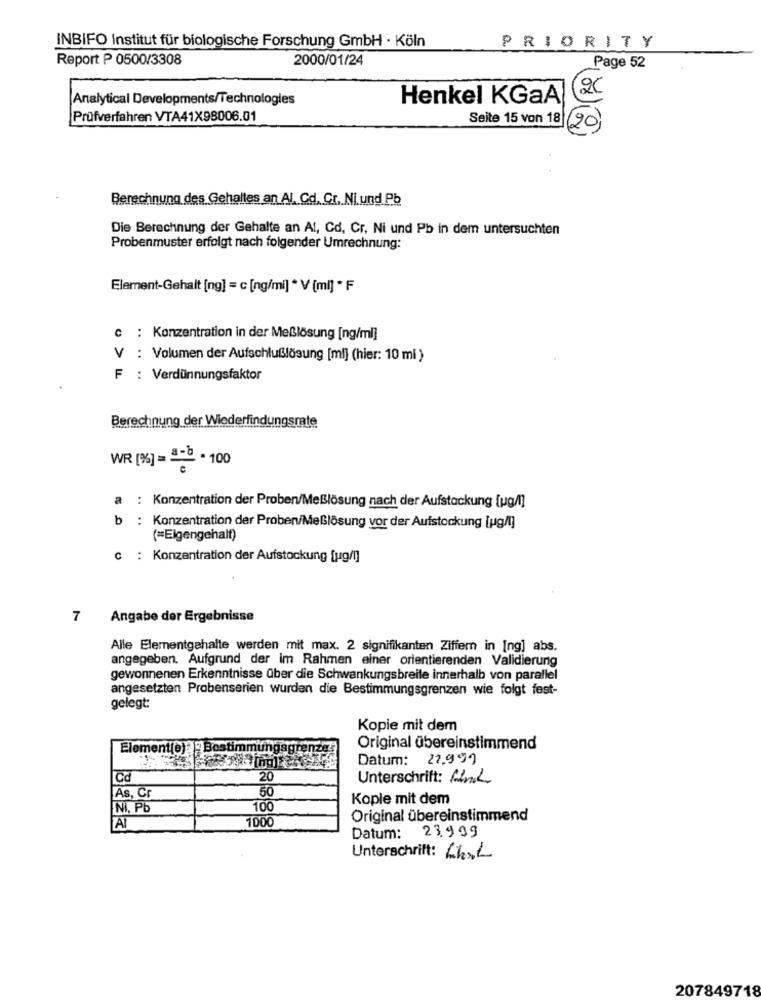
INBIFO Institut für biologische Forschung GmbH · Köln
PRIORITY
Report P 0500/3308
2000/01/24
Page 52
20
Analytical Developments/Technologies
Henkel KGaA
Prüfverfahren VTA41X98006.01
Seite 15 von 18
Berechnung des Gehalles an Al, Cd. Cr, Ni und Pb
Die Berechnung der Gehalte an Al, Cd, Cr. Ni und Pb in dem untersuchten
Probenmuster erfolgt nach folgender Umrechnung:
Element-Gehalt [ng] = c [ng/mi] * V [mi] * F
c : Konzentration in der Meßlösung [ng/ml]
V : Volumen der Aufschlußlösung [ml] (hier: 10 ml )
F : Verdünnungsfaktor
Berechnung der Wiederfindungsrate
WR [%] - a-8 - 100
a : Konzentration der Proben/Meßlösung nach der Aufstockung [ug/l]
b : Konzentration der Proben/Meßlösung vor der Aufstockung [pg/I]
(=Eigengehalt)
c : Konzentration der Aufstockung [ug/!]
7
Angabe der Ergebnisse
Alle Elementgehalte werden mit max. 2 signifikanten Ziffern in [ng] abs.
angegeben. Aufgrund der im Rahmen einer orientierenden Validierung
gewonnenen Erkenntnisse über die Schwankungsbreite innerhalb von parallel
angesetzten Probenserien wurden die Bestimmungsgrenzen wie folgt fest-
gelegt:
Kopie mit dem
Element(e) =Bestimmungage
Original übereinstimmend
Datum: 22.999
Cd
20
Unterschrift: Link
50
As, Cr
Kople mit dem
M, Pb
100
1000
Original übereinstimmend
AI
23.999
Datum:
Unterschrift: Lhal
207849718